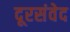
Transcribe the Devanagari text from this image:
दूरसंवेद